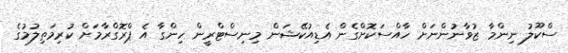
ސްކޫލު ނިންމާ ޒުވާނުންނަށް ހާއްސަކޮށްގެން އެޑިއުކޭޝަން މިނިސްޓްރީން ހިންގާ އެ ޕްރޮގްރާމަށް ކުރިމަތިލުމުގެ